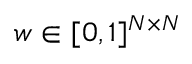
w \in [ 0 , 1 ] ^ { N \times N }